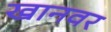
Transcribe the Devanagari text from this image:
खानवर